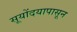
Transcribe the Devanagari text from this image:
सूयोंदयापासून